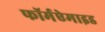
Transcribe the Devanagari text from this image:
फॉर्मऐमाइड